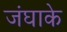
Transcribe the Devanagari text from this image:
जंघाके